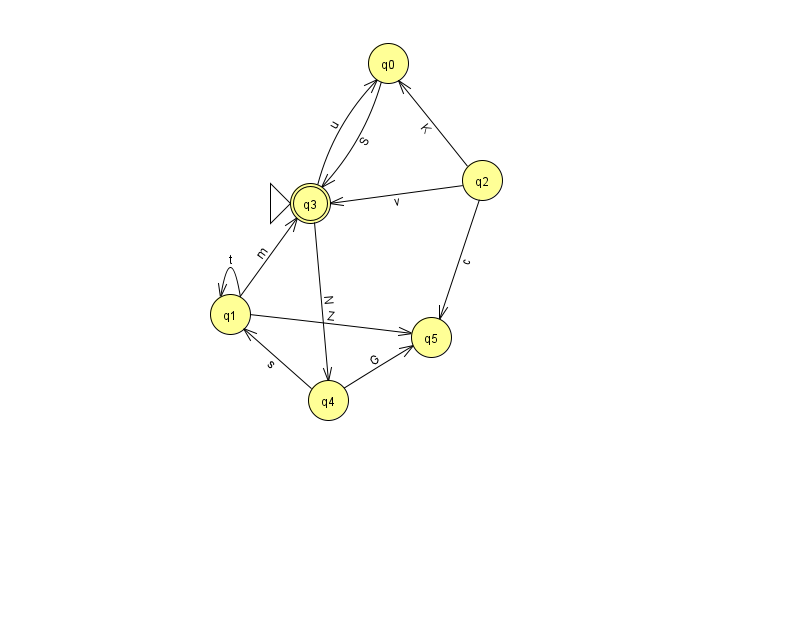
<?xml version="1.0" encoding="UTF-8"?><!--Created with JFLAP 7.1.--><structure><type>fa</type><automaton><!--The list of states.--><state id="0" name="q0"><x>388.0</x><y>50.0</y></state><state id="1" name="q1"><x>230.0</x><y>301.0</y></state><state id="2" name="q2"><x>482.0</x><y>167.0</y></state><state id="3" name="q3"><x>310.0</x><y>190.0</y><initial/><final/></state><state id="4" name="q4"><x>328.0</x><y>387.0</y></state><state id="5" name="q5"><x>431.0</x><y>324.0</y></state><!--The list of transitions.--><transition><from>1</from><to>3</to><read>m</read></transition><transition><from>2</from><to>0</to><read>K</read></transition><transition><from>1</from><to>5</to><read>Z</read></transition><transition><from>3</from><to>0</to><read>u</read></transition><transition><from>1</from><to>1</to><read>t</read></transition><transition><from>4</from><to>5</to><read>G</read></transition><transition><from>0</from><to>3</to><read>S</read></transition><transition><from>2</from><to>3</to><read>v</read></transition><transition><from>4</from><to>1</to><read>s</read></transition><transition><from>2</from><to>5</to><read>c</read></transition><transition><from>3</from><to>4</to><read>N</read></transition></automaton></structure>